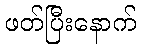
ဖတ်ပြီးနောက်